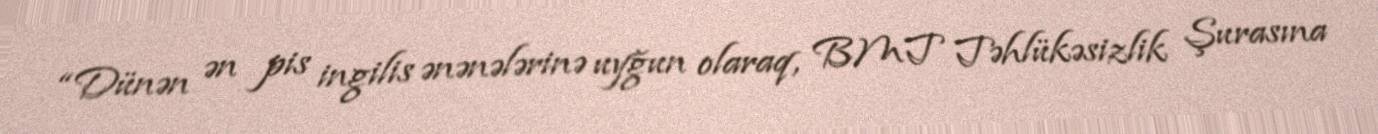
“Dünən ən pis ingilis ənənələrinə uyğun olaraq, BMT Təhlükəsizlik Şurasına